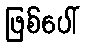
ဖြစ်ပေါ်